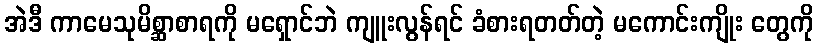
အဲဒီ ကာမေသုမိစ္ဆာစာရကို မရှောင်ဘဲ ကျူးလွန်ရင် ခံစားရတတ်တဲ့ မကောင်းကျိုး တွေကို